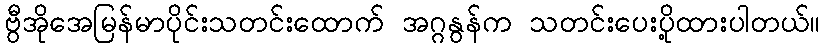
ဗွီအိုအေမြန်မာပိုင်းသတင်းထောက် အဂ္ဂနွန်က သတင်းပေးပို့ထားပါတယ်။